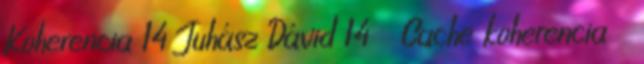
Koherencia 14 Juhász Dávid 14 Cache koherencia ●